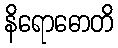
နိရောဓောတိ